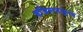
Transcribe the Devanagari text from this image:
इजिप्तपासूनच